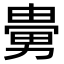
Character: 𠢮